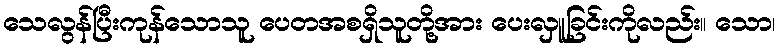
သေလွန်ပြီးကုန်သောသူ ပေတအစရှိသူတို့အား ပေးလှူခြင်းကိုလည်း။ သော၊